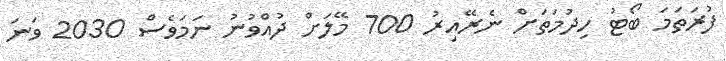
ފުރަތަމަ ބޯޓު ހިދުމަތަށް ނެރޭއިރު 700 މޭލަށް ދުއްވުނު ނަމަވެސް 2030 ވަނަ